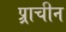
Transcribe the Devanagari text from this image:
प्र्राचीन